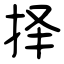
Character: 择